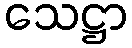
သေဋ္ဌာ